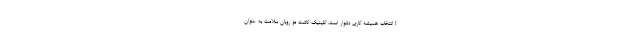
! انتخاب همیشه کاری دشوار است. کلینیک کاشت مو رویان سلامت به عنوان